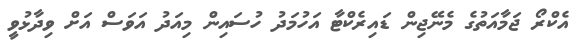
އެކްރޯ ޖަމާއަތުގެ މެނޭޖިން ޑައިރެކްޓާ އަހުމަދު ހުސައިން މިއަދު އަވަސް އަށް ވިދާޅުވީ